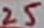
Text: 25